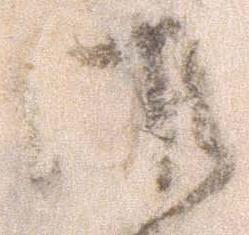
御